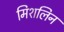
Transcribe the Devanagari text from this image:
मिशलिन